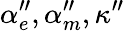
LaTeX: \alpha_{e}^{\prime\prime},\alpha_{m}^{\prime\prime},\kappa^{\prime\prime}